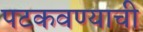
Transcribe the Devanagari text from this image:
पटकवण्याची